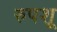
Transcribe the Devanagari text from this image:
रुपशू